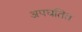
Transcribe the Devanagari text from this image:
अपघतित